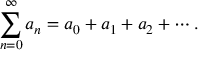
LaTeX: \sum _ { n = 0 } ^ { \infty } a _ { n } = a _ { 0 } + a _ { 1 } + a _ { 2 } + \cdots .